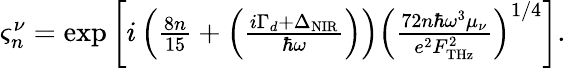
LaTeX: \begin{array}{r}{\varsigma_{n}^{\nu}=\exp\left[i\left(\frac{8n}{15}+\left(\frac{i\Gamma_{d}+\Delta_{\mathrm{NIR}}}{\hbar\omega}\right)\right)\left(\frac{72n\hbar\omega^{3}\mu_{\nu}}{e^{2}F_{\mathrm{THz}}^{2}}\right)^{1/4}\right].}\end{array}